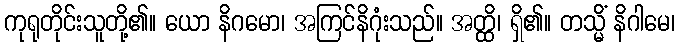
ကုရုတိုင်းသူတို့၏။ ယော နိဂမော၊ အကြင်နိဂုံးသည်။ အတ္ထိ၊ ရှိ၏။ တသ္မိံ နိဂါမေ၊